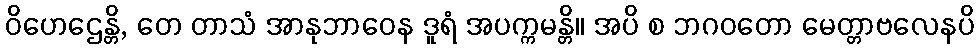
ဝိဟေဌေန္တိ, တေ တာသံ အာနုဘာဝေန ဒူရံ အပက္ကမန္တိ။ အပိ စ ဘဂဝတော မေတ္တာဗလေနပိ